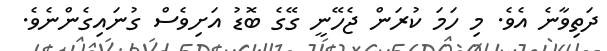
ދަތިވާނެ އެވެ. މި ހަމަ ކުރަން ޖެހޭނީ ގޭގެ ބޮޑު އަށިވެސް ގުނައިގެންނެވެ.